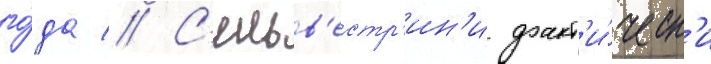
го́да // С'ильв'естр'ин'и факт'и́ческ'и